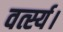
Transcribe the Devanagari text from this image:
वर्त्स्य।